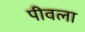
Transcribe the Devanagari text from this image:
पीवला